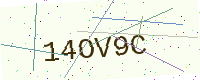
Text: 14OV9C